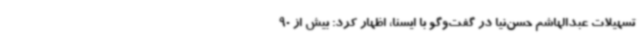
تسهیلات عبدالهاشم حسن‌نیا در گفت‌وگو با ایسنا، اظهار کرد: بیش از 90